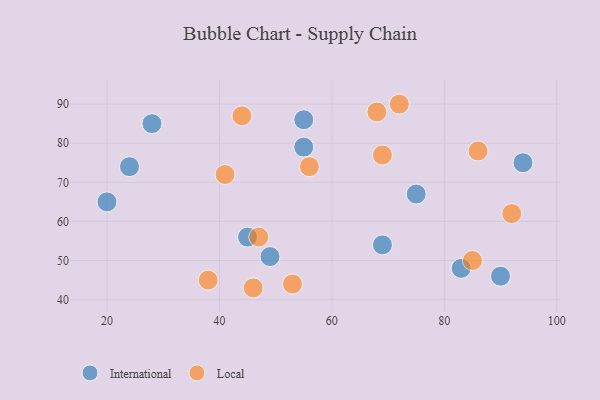
{"axis": {"x": "GDP", "y": "Life Expectancy"}, "legend": ["International", "Local"], "data": [{"x": "90", "y": 46, "type": "International"}, {"x": "24", "y": 74, "type": "International"}, {"x": "55", "y": 79, "type": "International"}, {"x": "20", "y": 65, "type": "International"}, {"x": "69", "y": 54, "type": "International"}, {"x": "28", "y": 85, "type": "International"}, {"x": "45", "y": 56, "type": "International"}, {"x": "94", "y": 75, "type": "International"}, {"x": "49", "y": 51, "type": "International"}, {"x": "83", "y": 48, "type": "International"}, {"x": "55", "y": 86, "type": "International"}, {"x": "75", "y": 67, "type": "International"}, {"x": "85", "y": 50, "type": "Local"}, {"x": "56", "y": 74, "type": "Local"}, {"x": "38", "y": 45, "type": "Local"}, {"x": "53", "y": 44, "type": "Local"}, {"x": "41", "y": 72, "type": "Local"}, {"x": "92", "y": 62, "type": "Local"}, {"x": "44", "y": 87, "type": "Local"}, {"x": "72", "y": 90, "type": "Local"}, {"x": "68", "y": 88, "type": "Local"}, {"x": "69", "y": 77, "type": "Local"}, {"x": "47", "y": 56, "type": "Local"}, {"x": "86", "y": 78, "type": "Local"}, {"x": "46", "y": 43, "type": "Local"}]}